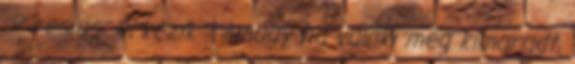
;P resius: érkezik : Amúgy ha valaki még kimaradt,